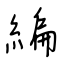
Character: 編